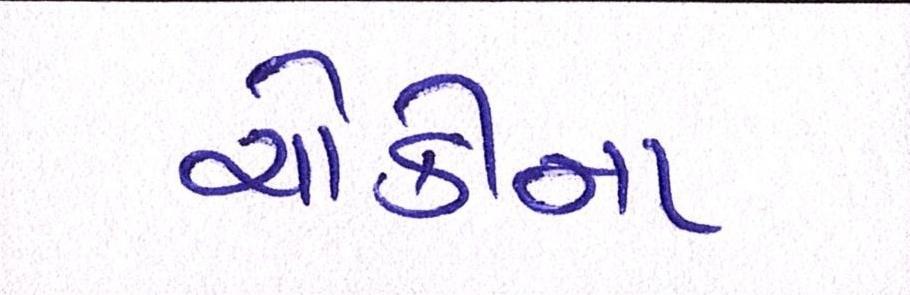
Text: ચોકીના